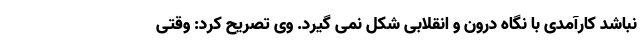
نباشد کارآمدی با نگاه درون و انقلابی شکل نمی گیرد. وی تصریح کرد: وقتی